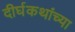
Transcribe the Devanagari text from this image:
दीर्घकथांच्या